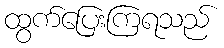
ထွက်ပြေးကြရသည်